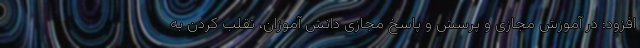
افزود: در آموزش مجازی و پرسش و پاسخ مجازی دانش آموزان، تقلب کردن به